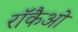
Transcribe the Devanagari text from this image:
रॉकैओ